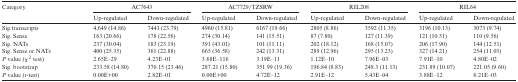
| Category | <COLSPAN=2> AC7643 | <COLSPAN=2> AC7729/TZSRW | <COLSPAN=2> RIL208 | <COLSPAN=2> RIL64 |
 |  | Up-regulated | Down-regulated | Up-regulated | Down-regulated | Up-regulated | Down-regulated | Up-regulated | Down-regulated |
 | --- | --- | --- | --- | --- | --- | --- | --- | --- |
 | Sig.transcripts | 4,649 (14.86) | 7443 (23.79) | 4960 (15.81) | 6167 (19.66) | 2805 (8.86) | 3592 (11.35) | 3196 (10.13) | 3073 (9.74) |
 | Sig. Sense | 163 (20.66) | 178 (22.56) | 274 (30.14) | 141 (15.51) | 87 (7.80) | 127 (11.39) | 121 (10.51) | 110 (9.56) |
 | Sig. NATs | 237 (30.04) | 183 (23.19) | 391 (43.01) | 101 (11.11) | 202 (18.12) | 168 (15.07) | 206 (17.90) | 144 (12.51) |
 | Sig. Sense or NATs | 400 (25.35) | 361 (22.88) | 665 (36.58) | 242 (13.31) | 289 (12.96) | 295 (13.23) | 327 (14.21) | 254 (11.03) |
 | P value (χ2 test) | 2.65E–29 | 4.23E–01 | 3.68E–116 | 3.19E–11 | 1.12E–10 | 7.96E–03 | 7.91E–10 | 4.80E–02 |
 | Sig. bootstrap | 233.58 (14.80) | 370.15 (23.46) | 287.21 (15.80) | 351.99 (19.36) | 196.84 (8.83) | 248.3 (11.13) | 231.89 (10.07) | 221.05 (9.60) |
 | P value (t-test) | 0.00E+00 | 2.82E–01 | 0.00E+00 | 4.72E–12 | 2.91E–12 | 5.43E–04 | 3.88E–12 | 8.21E–03 |